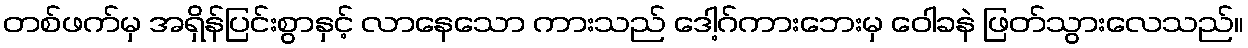
တစ်ဖက်မှ အရှိန်ပြင်းစွာနှင့် လာနေသော ကားသည် ဒေါ့ဂ်ကားဘေးမှ ဝေါခနဲ ဖြတ်သွားလေသည်။